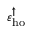
\varepsilon _ { \mathrm { h o } } ^ { \uparrow }